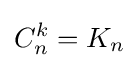
C_{n}^{k}=K_{n}